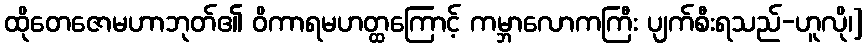
ထိုတေဇောမဟာဘုတ်၏ ဝိကာရမဟတ္ထကြောင့် ကမ္ဘာလောကကြီး ပျက်စီးရသည်-ဟူလို၊]